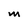
Character: M